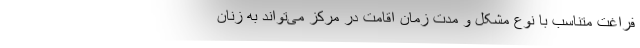
فراغت متناسب با نوع مشکل و مدت زمان اقامت در مرکز می‌تواند به زنان